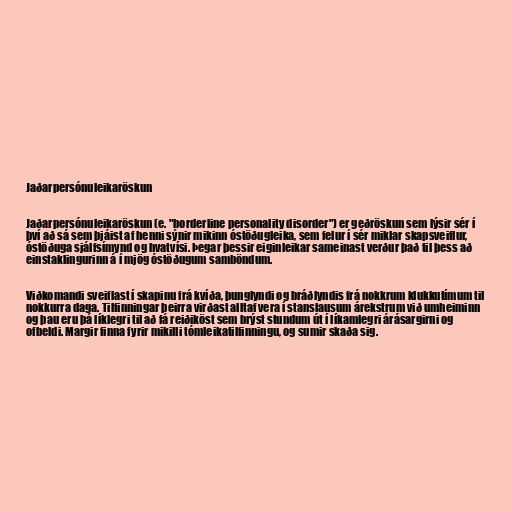
Jaðarpersónuleikaröskun

Jaðarpersónuleikaröskun (e. "borderline personality disorder") er geðröskun sem lýsir sér í
því að sá sem þjáist af henni sýnir mikinn óstöðugleika, sem felur í sér miklar skapsveiflur,
óstöðuga sjálfsímynd og hvatvísi. Þegar þessir eiginleikar sameinast verður það til þess að
einstaklingurinn á í mjög óstöðugum samböndum.

Viðkomandi sveiflast í skapinu frá kvíða, þunglyndi og bráðlyndis frá nokkrum klukkutímum til
nokkurra daga. Tilfinningar þeirra virðast alltaf vera í stanslausum árekstrum við umheiminn
og þau eru þá líklegri til að fá reiðiköst sem brýst stundum út í líkamlegri árásargirni og
ofbeldi. Margir finna fyrir mikilli tómleikatilfinningu, og sumir skaða sig.